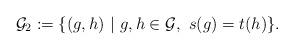
LaTeX: \begin{align*}\mathcal{G}_2:=\{(g,h)~|~g,h\in \mathcal{G},~s(g)=t(h)\}.\end{align*}